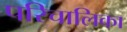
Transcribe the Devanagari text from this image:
परिचालिका